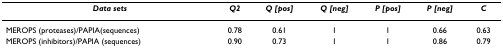
<table><thead><tr><td><b><i>Data sets</i></b></td><td><b><i>Q2</i></b></td><td><b><i>Q [pos]</i></b></td><td><b><i>Q [neg]</i></b></td><td><b><i>P [pos]</i></b></td><td><b><i>P [neg]</i></b></td><td><b><i>C</i></b></td></tr></thead><tbody><tr><td>MEROPS (proteases)/PAPIA(sequences)</td><td>0.78</td><td>0.61</td><td>1</td><td>1</td><td>0.66</td><td>0.63</td></tr><tr><td>MEROPS (inhibitors)/PAPIA (sequences)</td><td>0.90</td><td>0.73</td><td>1</td><td>1</td><td>0.86</td><td>0.79</td></tr></tbody></table>